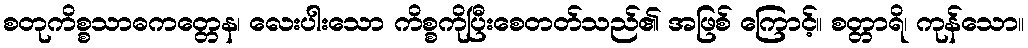
စတုကိစ္စသာဓကတ္တေန၊ လေးပါးသော ကိစ္စကိုပြီးစေတတ်သည်၏ အဖြစ် ကြောင့်။ စတ္တာရိ၊ ကုန်သော။